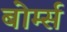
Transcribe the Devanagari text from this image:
बोर्म्स